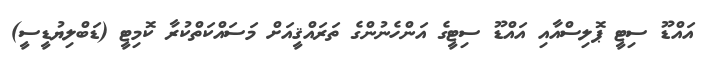
އައްޑޫ ސިޓީ ޕޮލިސްއާއި އައްޑޫ ސިޓީގެ އަންހެނުންގެ ތަރައްޤީއަށް މަސައްކަތްކުރާ ކޮމިޓީ (ޑަބްލިޔުޑީސީ)